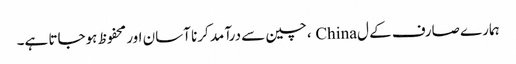
ہمارے صارف کے ل China ، چین سے درآمد کرنا آسان اور محفوظ ہوجاتا ہے۔